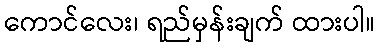
ကောင်လေး၊ ရည်မှန်းချက် ထားပါ။